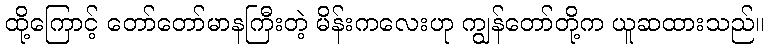
ထို့ကြောင့် တော်တော်မာနကြီးတဲ့ မိန်းကလေးဟု ကျွန်တော်တို့က ယူဆထားသည်။